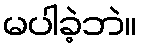
မပါခဲ့ဘဲ။